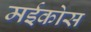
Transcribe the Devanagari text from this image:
मईकोस